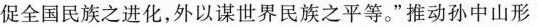
促全国民族之进化，外以谋世界民族之平等。”